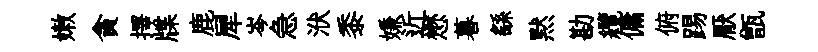
嫩貪擇牒鹿犀岑急洑黍嫌近懋暮繇黙勘纜傭俯踢厭甑